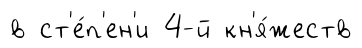
в ст'е́п'ен'и 4-й кн'я́жеств